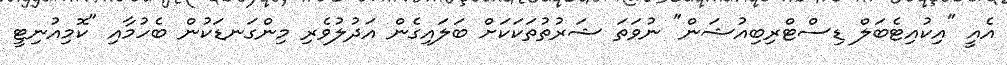
އެއީ "އިކުއިޓެބަލް ޑިސްޓްރިބިއުޝަން" ނުވަތަ ޝަރުތުތަކަކަށް ބަލައިގެން އަދުލުވެރި މިންގަނޑަކުން ބެހުމާއި "ކޮމިއުނިޓީ